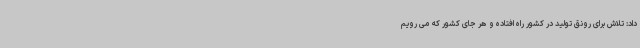
داد: تلاش برای رونق تولید در کشور راه افتاده و هر جای کشور که می رویم